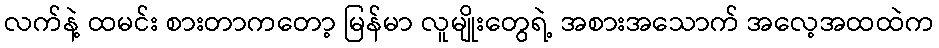
လက်နဲ့ ထမင်း စားတာကတော့ မြန်မာ လူမျိုးတွေရဲ့ အစားအသောက် အလေ့အထထဲက